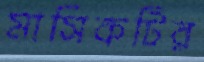
মাসিকটির